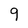
Character: 9